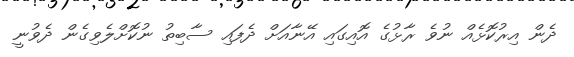
ދެން އިރުކޮޅެއް ނުވެ ރާޅުގެ އޮއިގައި އޭނާއަށް ދެފައި ސާބިތު ނުކޮށްލެވިގެން ދެވުނީ